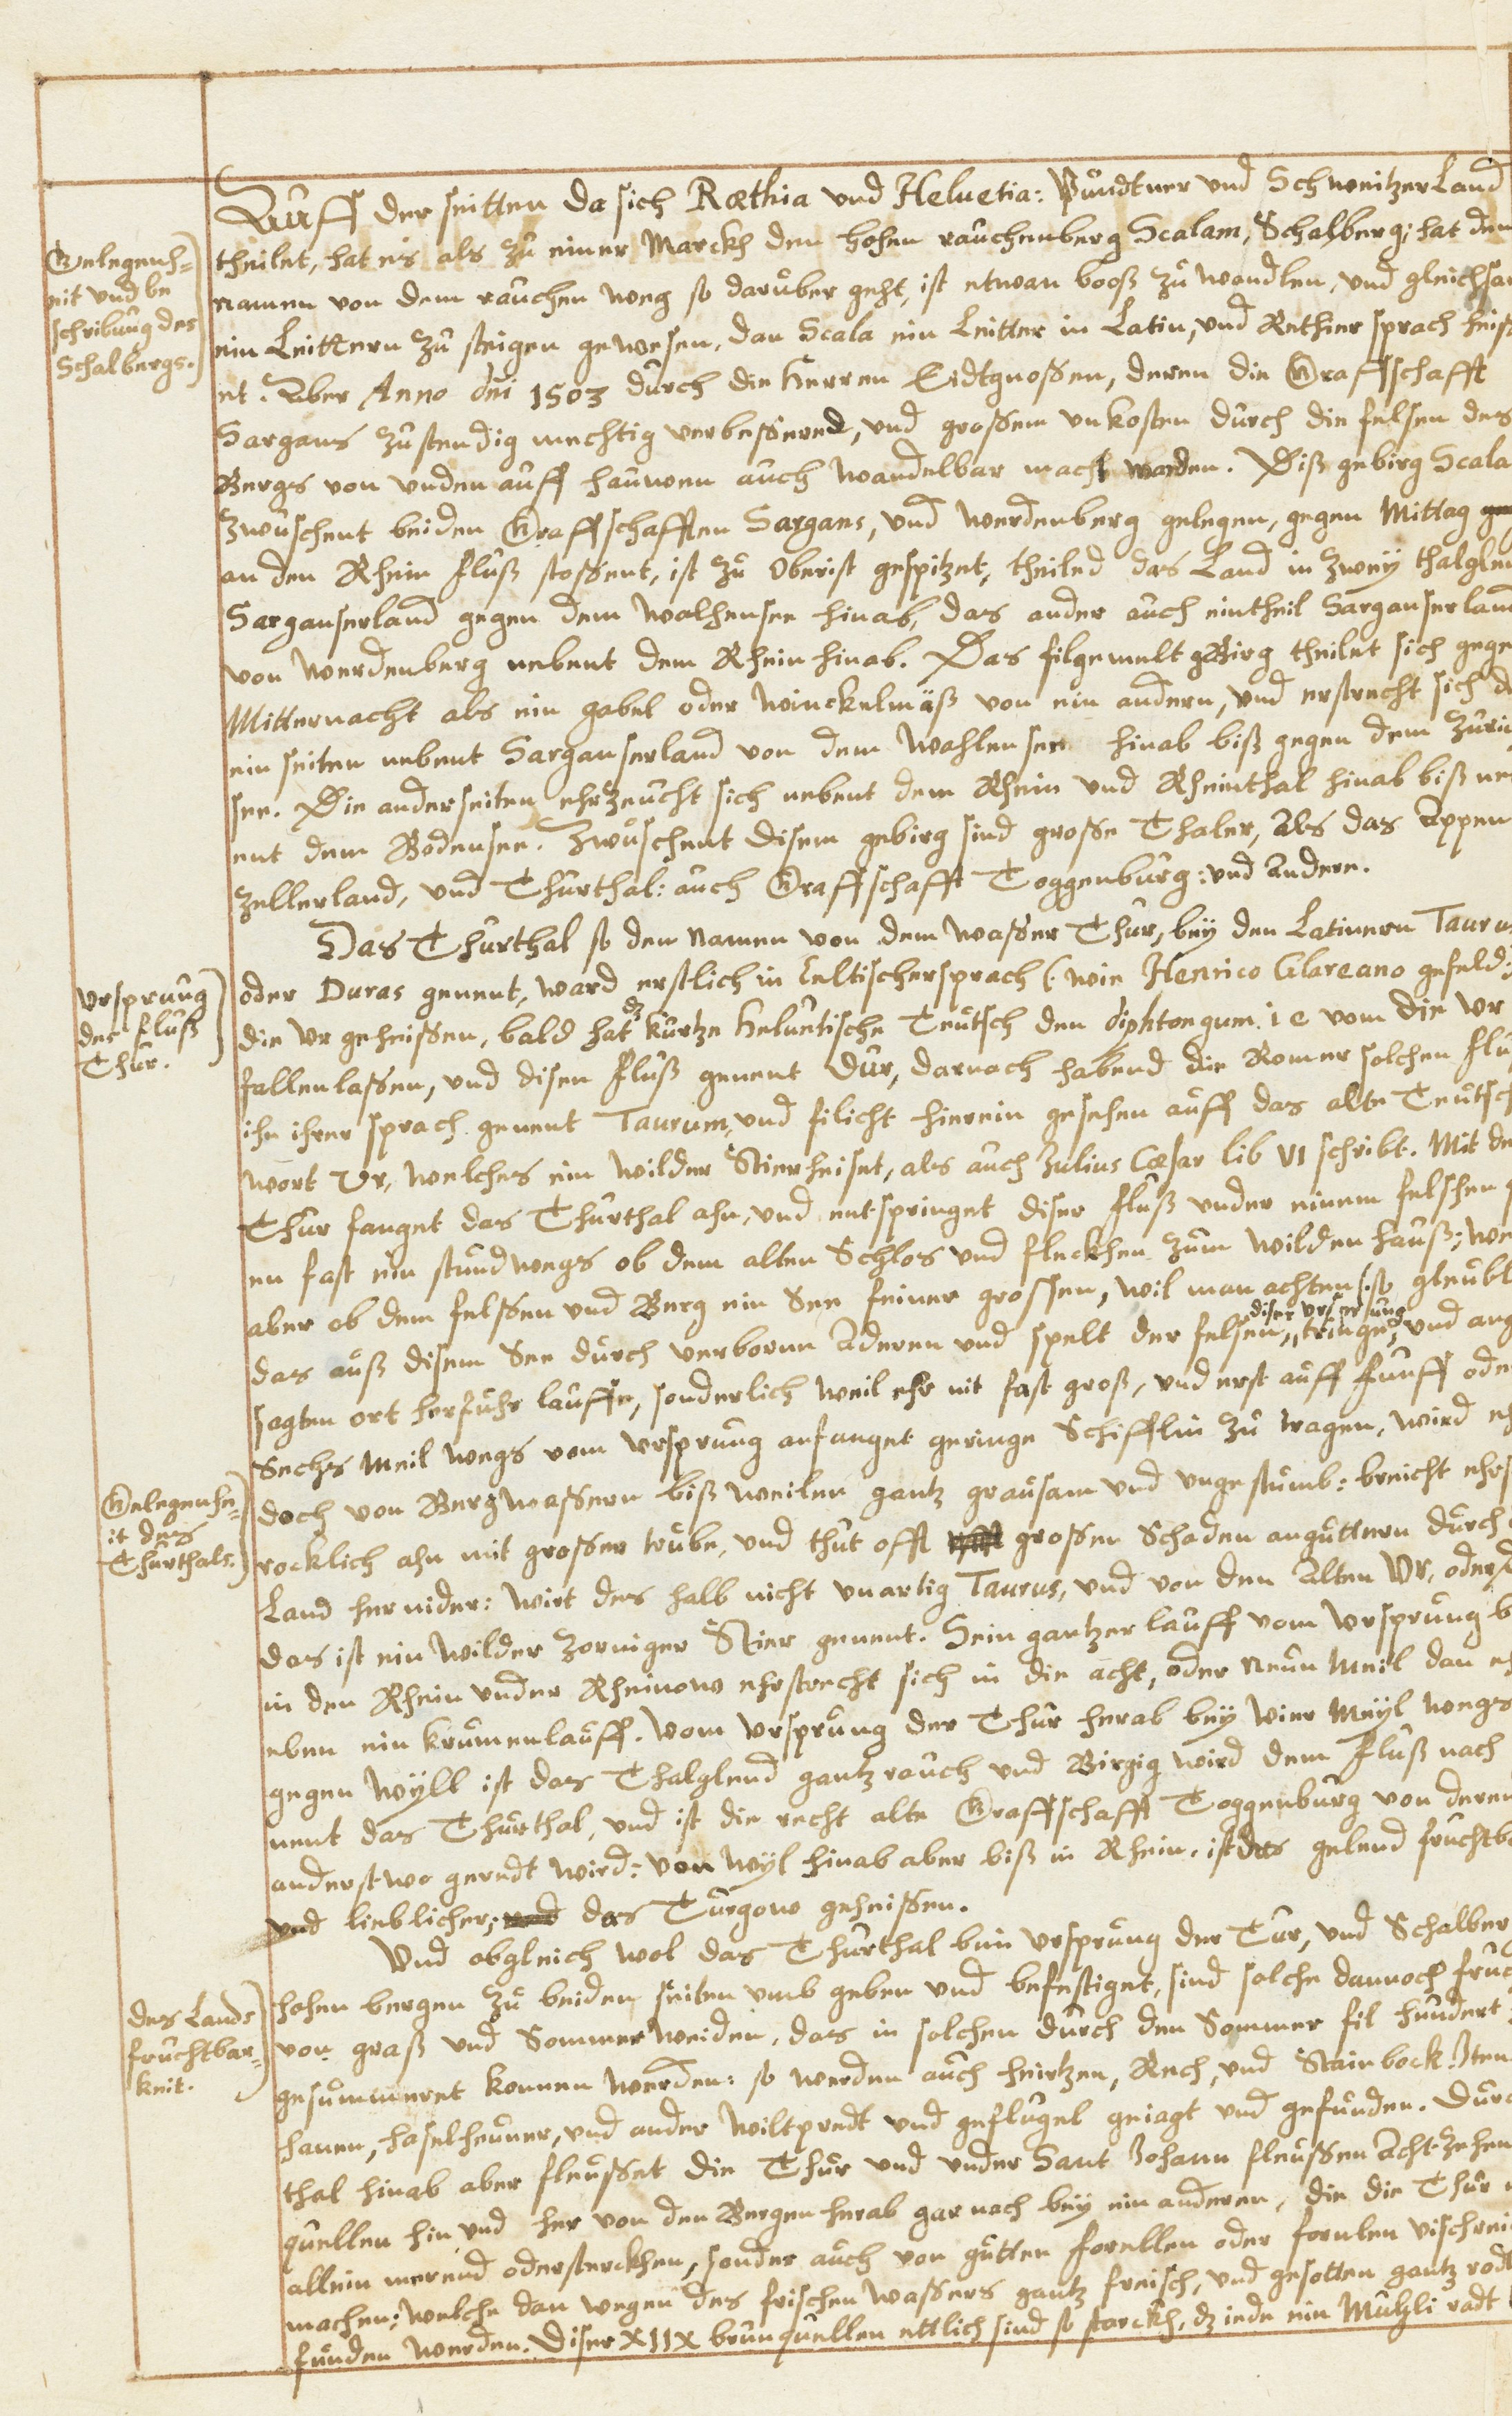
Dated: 1630–1680